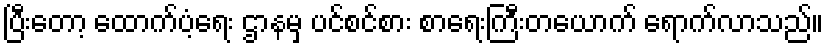
ပြီးတော့ ထောက်ပံ့ရေး ဌာနမှ ပင်စင်စား စာရေးကြီးတယောက် ရောက်လာသည်။